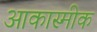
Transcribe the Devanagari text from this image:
आकास्मीक